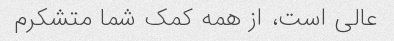
عالی است، از همه کمک شما متشکرم